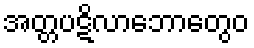
အတ္တပဋိလာဘောတွေဝ